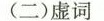
(二)虚词